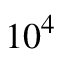
1 0 ^ { 4 }